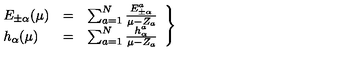
\left. \begin{array} { l c l } { E _ { \pm \alpha } ( \mu ) } & { = } & { \sum _ { a = 1 } ^ { N } \frac { E _ { \pm \alpha } ^ { a } } { \mu - Z _ { a } } } \\ { h _ { \alpha } ( \mu ) } & { = } & { \sum _ { a = 1 } ^ { N } \frac { h _ { \alpha } ^ { a } } { \mu - Z _ { a } } } \\ \end{array} \right\}